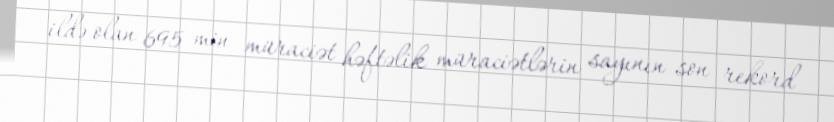
ildə olan 695 min müraciət həftəlik müraciətlərin sayının son rekord